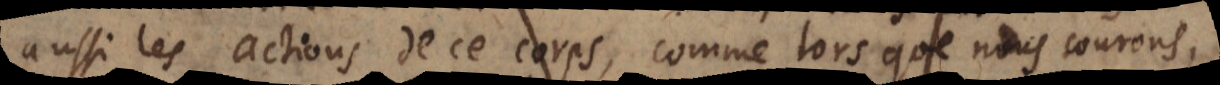
aussi les actions de ce corps, comme lorsque nous courons,